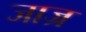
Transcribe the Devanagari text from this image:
जाज्र